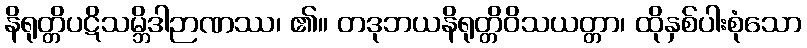
နိရုတ္တိပဋိသမ္ဘိဒါဉာဏဿ၊ ၏။ တဒုဘယနိရုတ္တိဝိသယတ္တာ၊ ထိုနှစ်ပါးစုံသော